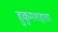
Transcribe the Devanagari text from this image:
हुकुमशहाचा